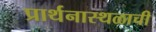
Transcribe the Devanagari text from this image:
प्रार्थनास्थळाची